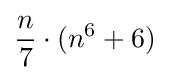
{\frac {n}{7}}\cdot (n^{6}+6)